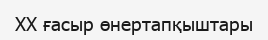
XX ғасыр өнертапқыштары